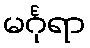
မင်္ဂုရာ